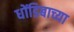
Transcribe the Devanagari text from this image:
धोंडिबाच्या